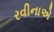
રવીનાએ